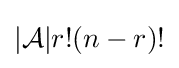
|{\mathcal {A}}|r!(n-r)!